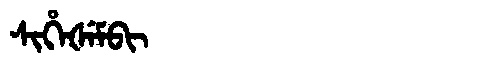
Manchu: ᠰᡳᡥᡝᡧᡝᠮᠪᡳ
Romanization: SIHEŠEMBI